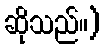
ဆိုသည်။)